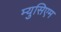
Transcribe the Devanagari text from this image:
म्युसिएम